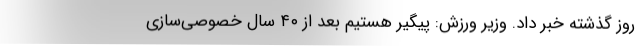
روز گذشته خبر داد. وزیر ورزش: پیگیر هستیم بعد از ۴۰ سال خصوصی‌سازی